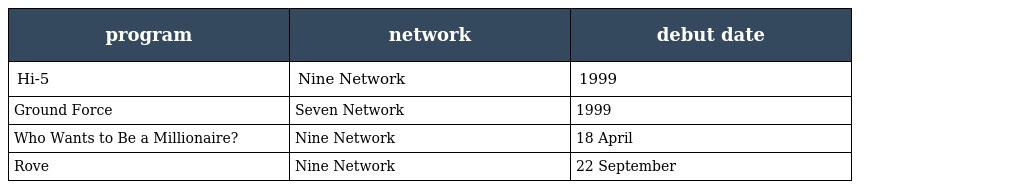
| program | network | debut date |
 | --- | --- | --- |
 | Hi-5 | Nine Network | 1999 |
 | Ground Force | Seven Network | 1999 |
 | Who Wants to Be a Millionaire? | Nine Network | 18 April |
 | Rove | Nine Network | 22 September |